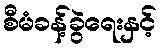
စီမံခန့်ခွဲရေးနှင့်